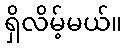
ရှိလိမ့်မယ်။